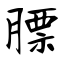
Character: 膘